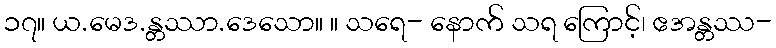
၁၇။ ယ.မေဒ.န္တဿာ.ဒေသော။ ။ သရေ- နောက် သရ ကြောင့်၊ ဧအန္တဿ-